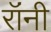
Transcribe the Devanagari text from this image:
रॉंनी